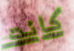
كانت